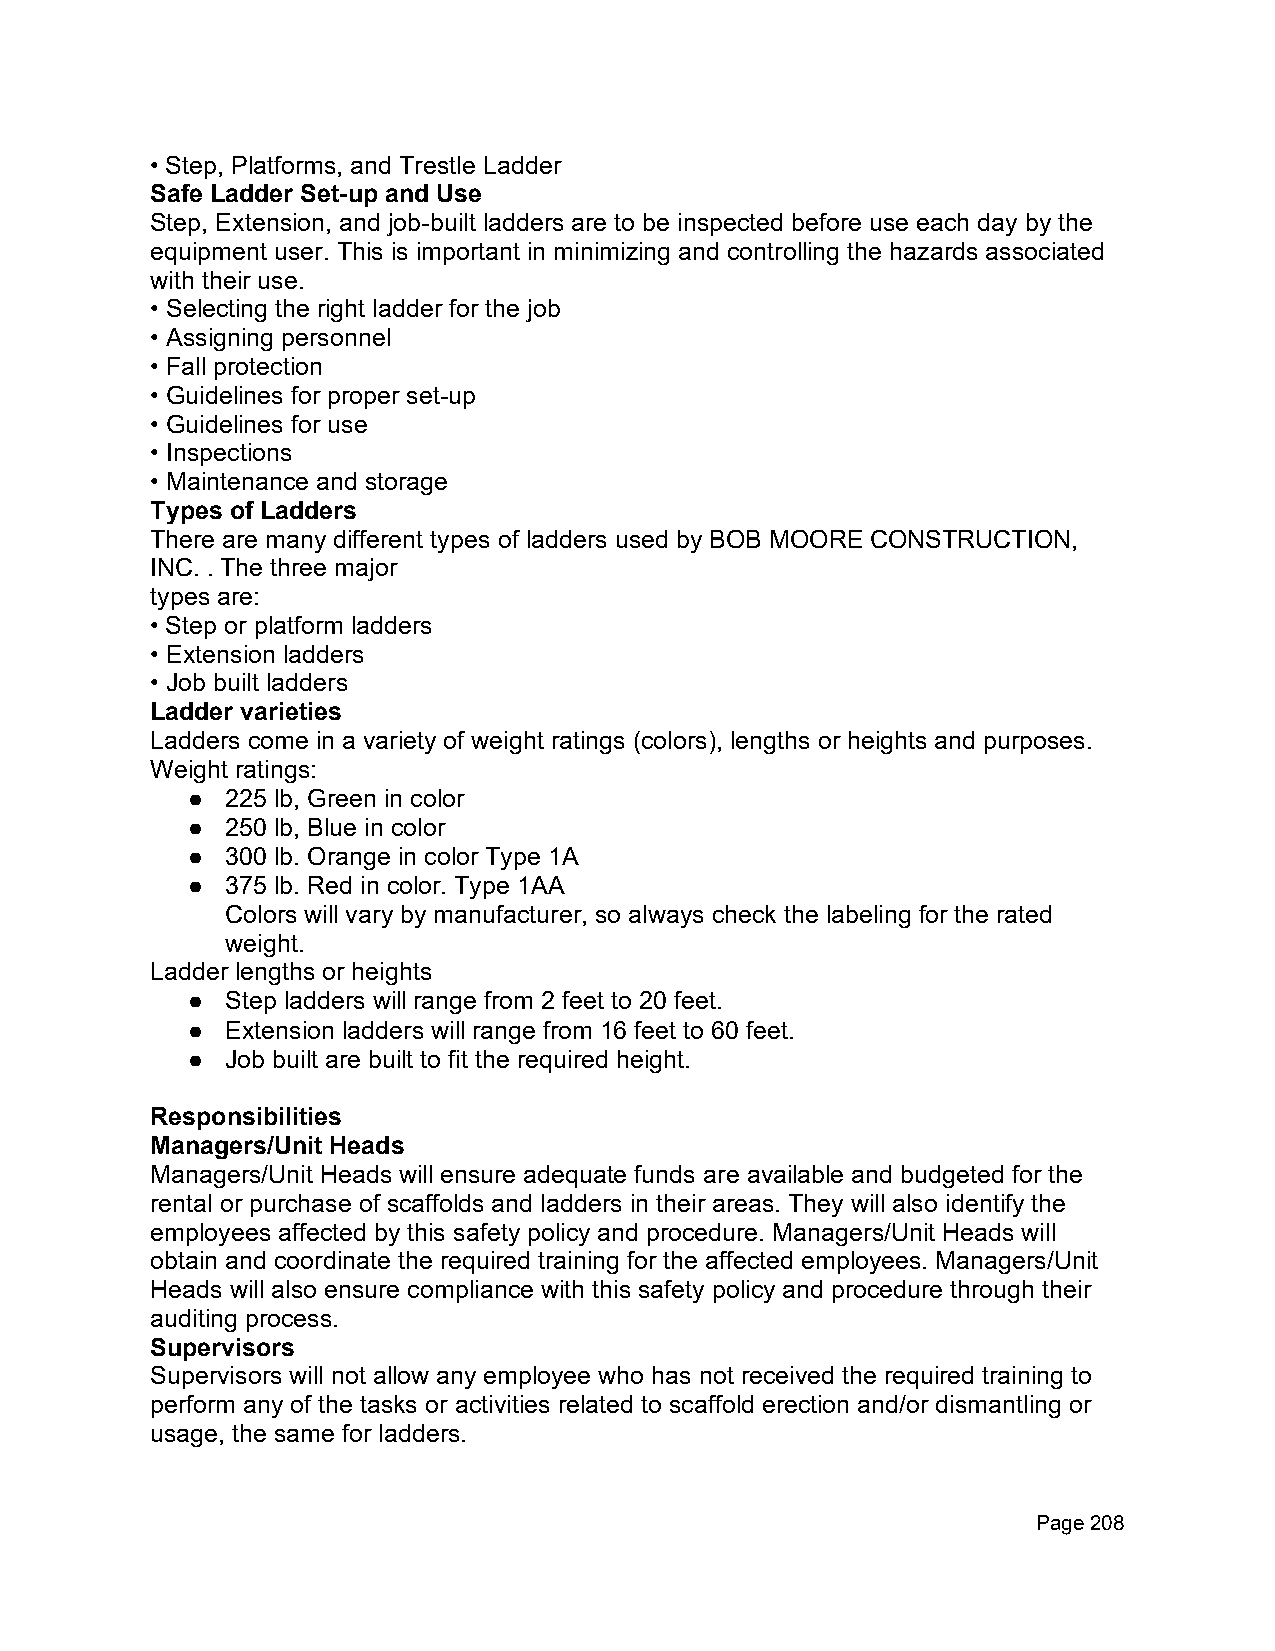
• Step, Platforms, and Trestle Ladder
 Safe Ladder Set-up and Use
 Step, Extension, and job-built ladders are to be inspected before use each day by the
 equipment user. This is important in minimizing and controlling the hazards associated
 with their use.
 • Selecting the right ladder for the job
 • Assigning personnel
 • Fall protection
 • Guidelines for proper set-up
 • Guidelines for use
 • Inspections
 • Maintenance and storage
 Types of Ladders
 There are many different types of ladders used by BOB MOORE CONSTRUCTION,
 INC. . The three major
 types are:
 • Step or platform ladders
 • Extension ladders
 • Job built ladders
 Ladder varieties
 Ladders come in a variety of weight ratings (colors), lengths or heights and purposes.
 Weight ratings:
 ●  225 lb, Green in color
 ●  250 lb, Blue in color
 ●  300 lb. Orange in color Type 1A
 ●  375 lb. Red in color. Type 1AA
 Colors will vary by manufacturer, so always check the labeling for the rated
 weight.
 Ladder lengths or heights
 ●  Step ladders will range from 2 feet to 20 feet.
 ●  Extension ladders will range from 16 feet to 60 feet.
 ●  Job built are built to fit the required height.
 Responsibilities
 Managers/Unit Heads
 Managers/Unit Heads will ensure adequate funds are available and budgeted for the
 rental or purchase of scaffolds and ladders in their areas. They will also identify the
 employees affected by this safety policy and procedure. Managers/Unit Heads will
 obtain and coordinate the required training for the affected employees. Managers/Unit
 Heads will also ensure compliance with this safety policy and procedure through their
 auditing process.
 Supervisors
 Supervisors will not allow any employee who has not received the required training to
 perform any of the tasks or activities related to scaffold erection and/or dismantling or
 usage, the same for ladders.
 Page 208